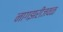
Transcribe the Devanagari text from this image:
नागझरीजवळ